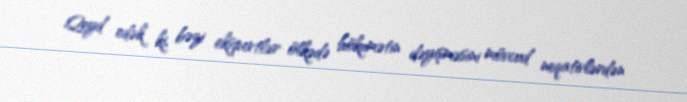
Qeyd edək ki, bəzi ekspertlər ölkədə hökumətin dəyişməsini mövcud neqativlərdən